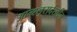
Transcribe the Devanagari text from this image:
आन्श्लुसदेखील